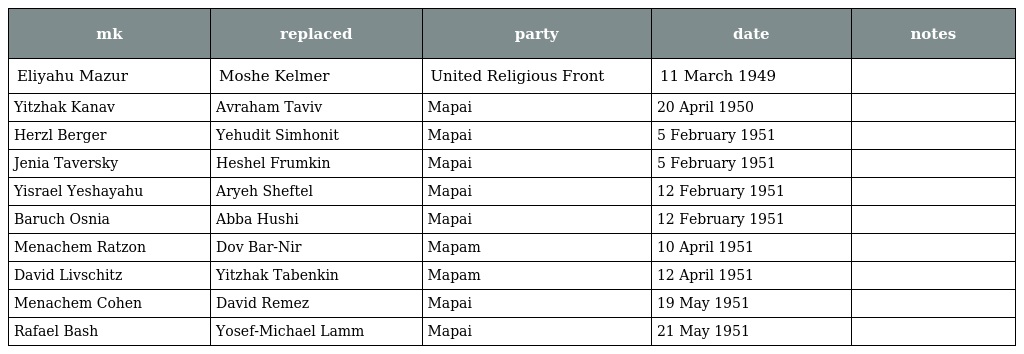
| mk | replaced | party | date | notes |
 | --- | --- | --- | --- | --- |
 | Eliyahu Mazur | Moshe Kelmer | United Religious Front | 11 March 1949 |  |
 | Yitzhak Kanav | Avraham Taviv | Mapai | 20 April 1950 |  |
 | Herzl Berger | Yehudit Simhonit | Mapai | 5 February 1951 |  |
 | Jenia Taversky | Heshel Frumkin | Mapai | 5 February 1951 |  |
 | Yisrael Yeshayahu | Aryeh Sheftel | Mapai | 12 February 1951 |  |
 | Baruch Osnia | Abba Hushi | Mapai | 12 February 1951 |  |
 | Menachem Ratzon | Dov Bar-Nir | Mapam | 10 April 1951 |  |
 | David Livschitz | Yitzhak Tabenkin | Mapam | 12 April 1951 |  |
 | Menachem Cohen | David Remez | Mapai | 19 May 1951 |  |
 | Rafael Bash | Yosef-Michael Lamm | Mapai | 21 May 1951 |  |